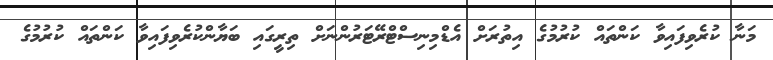
މަނާ ކުރެވިފައިވާ ކަންތައް ކުރުމުގެ އިތުރަށް އެޑްމިނިސްޓްރޭޓަރުންނަށް ތިރީގައި ބަޔާންކުރެވިފައިވާ ކަންތައް ކުރުމުގެ